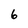
Character: 6